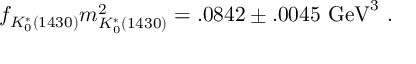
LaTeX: f _ { K _ { 0 } ^ { * } ( 1 4 3 0 ) } m _ { K _ { 0 } ^ { * } ( 1 4 3 0 ) } ^ { 2 } = . 0 8 4 2 \pm . 0 0 4 5 \ \mathrm { G e V } ^ { 3 } \ .